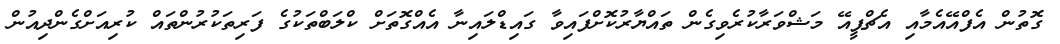
ގޮތުން އެފްއޭއެމާއި އެޗްޕީއޭ މަޝްވަރާކުރެވިގެން ތައްޔާރުކޮށްފައިވާ ގައިޑްލައިނާ އެއްގޮތަށް ކްލަބްތަކުގެ ފަރިތަކުރުންތައް ކުރިއަށްގެންދިއުން